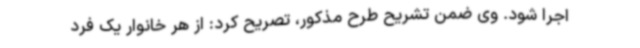
اجرا شود. وی ضمن تشریح طرح مذکور، تصریح کرد: از هر خانوار یک فرد